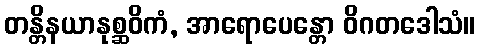
တန္တိနယာနုစ္ဆဝိကံ, အာရောပေန္တော ဝိဂတဒေါသံ။